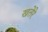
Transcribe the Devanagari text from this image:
खतेरे